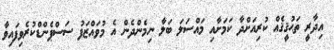
އިދާރީ ތަޙުޤީޤެއް ކުރިއަށްދާ ކަމަށާއި މައްސަލަ ބަލާ ނިމެންދެން އެ މުވައްޒަފު ސަސްޕެންޑްކުރެވިފައިވާ